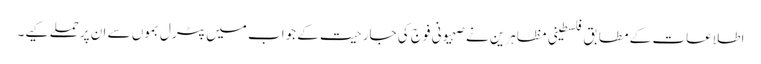
اطلاعات کے مطابق فلسطینی مظاہرین نے صہیونی فوج کی جارحیت کے جواب میں پٹرل بموں سے ان پرحملے کیے۔